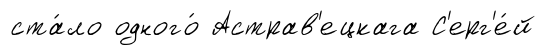
ста́ло одного́ Астрав'ецкага С'ерг'е́й